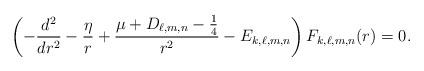
LaTeX: \begin{align*}\left( -\frac{d^{2}}{dr^{2}} -\frac{\eta}{r} +\frac{\mu +D_{\ell,m,n}-\frac{1}{4}}{r^{2}}-E_{k,\ell,m,n} \right) F_{k,\ell,m,n}(r)=0. \end{align*}